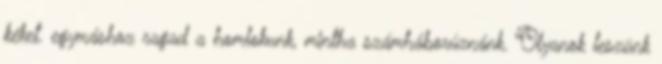
kéket. egymáshoz ragad a homlokunk, mintha számháborúznánk. Olyanok leszünk